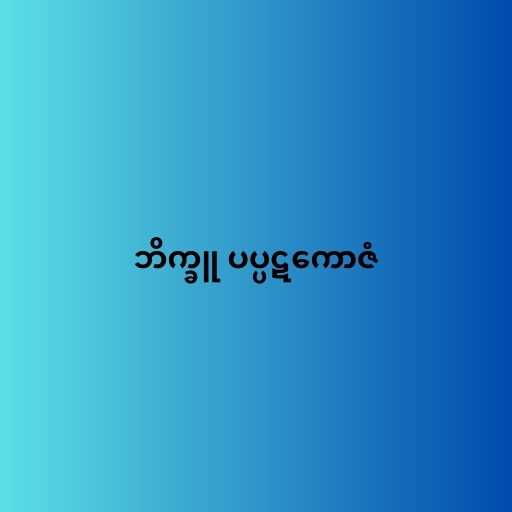
ဘိက္ခူ ပပ္ပဋကောဇံ